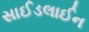
સાઈડલાઈન